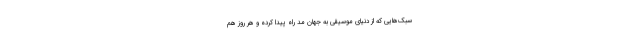
سبک‌هایی که از دنیای موسیقی به جهان مد راه پیدا کرده و هر روز هم